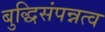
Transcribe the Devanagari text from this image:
बुद्धिसंपन्नत्व